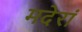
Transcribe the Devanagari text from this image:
मदेरां